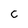
Character: C